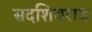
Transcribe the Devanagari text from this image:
सदशिवराव